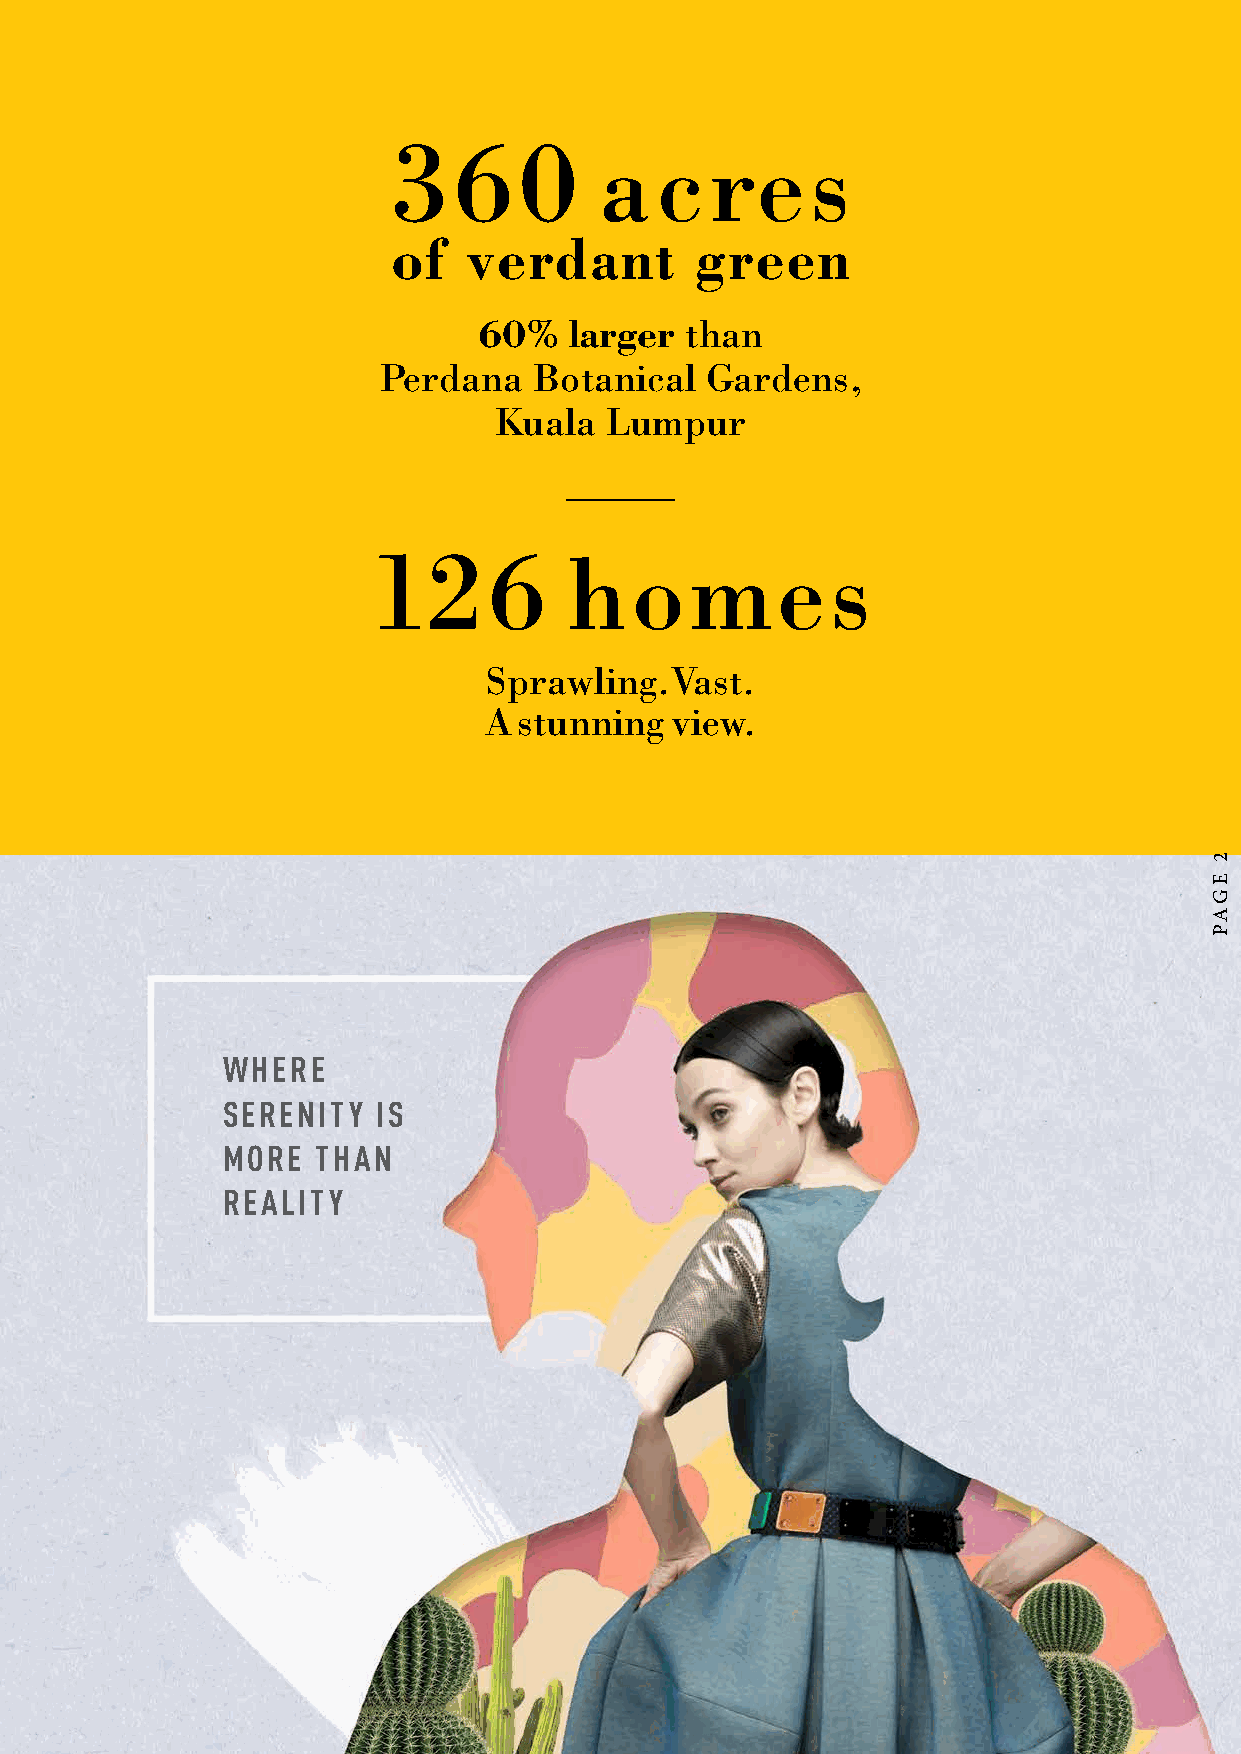
360
 acres
 of   verdant        green
 60%   larger than
 Perdana   Botanical   Gardens,
 Kuala  Lumpur
 126
 homes
 Sprawling.Vast.
 A stunning  view.
 WHERE
 SERENITY  IS
 MORE  THAN
 REALITY
 2
 EGAP